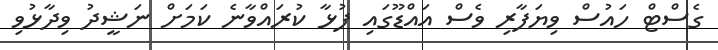
ގެސްޓް ހައުސް ވިޔަފާރި ވެސް އައްޑޫގައި ފުޅާ ކުރައްވާނެ ކަމަށް ނަޝީދު ވިދާޅުވި